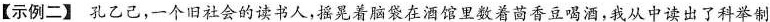
【示例二】孔乙己，一个旧社会的读书人，摇晃着脑袋在酒馆里数着茴香豆喝酒，我从中读出了科举制